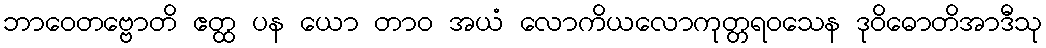
ဘာဝေတဗ္ဗောတိ ဧတ္ထ ပန ယော တာဝ အယံ လောကိယလောကုတ္တရဝသေန ဒုဝိဓောတိအာဒီသု